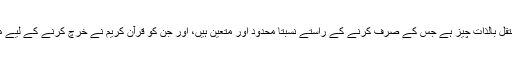
اس کا مطلب یہ ہے کہ زکوٰۃ کا موازنہ حکومت کے عام موازنے سے ایک الگ اور مستقل بالذات چیز ہے جس کے صرف کرنے کے راستے نسبتاً محدود اور متعین ہیں، اور جن کو قرآن کریم نے خرچ کرنے کے لیے متعین کرکے کہا: فَرِیْضَۃً مِّنَ اللّٰہِ (التوبہ ۹:۶۰) ’’اللہ کی طرف سے فرض کیے ہوئے‘‘۔